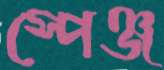
স্পেঞ্জ